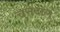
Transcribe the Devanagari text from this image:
चुनदाले